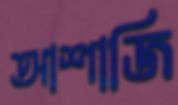
আশাজি